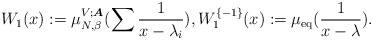
\begin{align*} W_{1} (x):=\mu_{N, \beta}^{V;\boldsymbol{A}}(\sum \frac{1}{x-\lambda_{i}}), W_1^{\{-1\}}(x):={\mu_{\mathrm{eq}}}(\frac{1}{x-\lambda}). \end{align*}